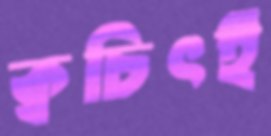
ক্বচিৎই